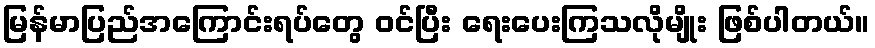
မြန်မာပြည်အကြောင်းရပ်တွေ ဝင်ပြီး ရေးပေးကြသလိုမျိုး ဖြစ်ပါတယ်။